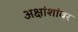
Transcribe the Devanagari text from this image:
अक्षांशांवर